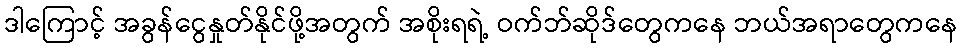
ဒါကြောင့် အခွန်ငွေနှုတ်နိုင်ဖို့အတွက် အစိုးရရဲ့ ဝက်ဘ်ဆိုဒ်တွေကနေ ဘယ်အရာတွေကနေ